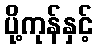
ပို့ကုန်နှင့်